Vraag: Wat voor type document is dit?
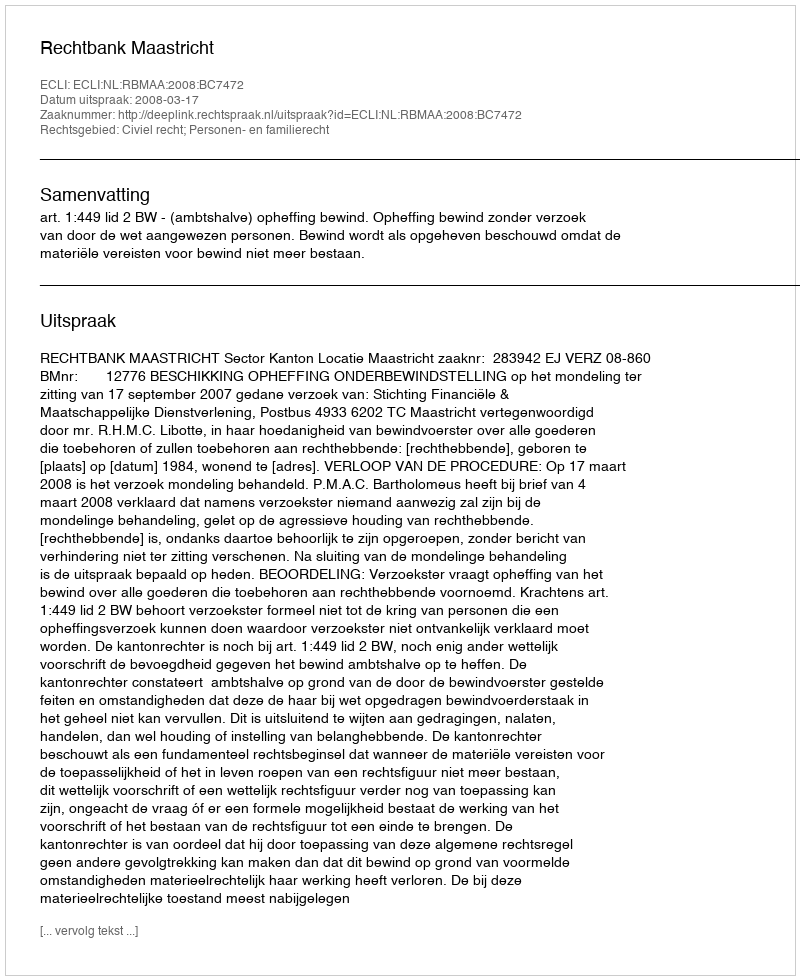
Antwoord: Uitspraak